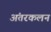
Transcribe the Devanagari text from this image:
अंतरकलन